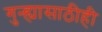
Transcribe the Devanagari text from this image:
गुन्ह्यासाठीही